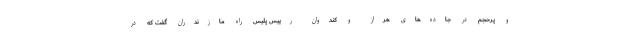
و پرحجم در جاده‌های هراز و کندوان رییس پلیس راه مازندران گفت که در